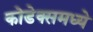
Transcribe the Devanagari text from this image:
कोडेक्समध्ये